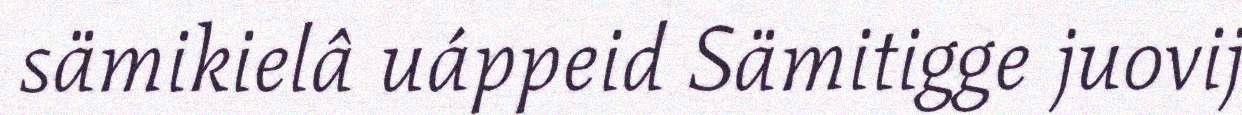
sämikielâ uáppeid Sämitigge juovij